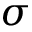
\sigma